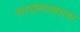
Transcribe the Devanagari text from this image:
साधनाशाला